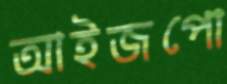
আইজপো